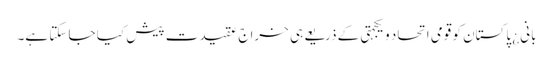
بانی¿ پاکستان کو قومی اتحاد و یکجہتی کے ذریعے ہی خراج عقیدت پیش کیا جا سکتا ہے۔